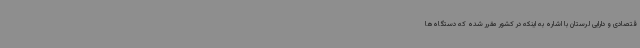
قتصادی و دارایی لرستان با اشاره به اینکه در کشور مقرر شده که دستگاه‌ها